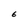
Character: E